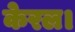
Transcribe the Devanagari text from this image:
केरल।